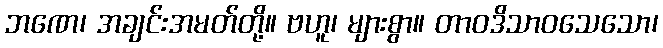
ဘဏေ၊ အချင်းအမတ်တို့။ ဗဟူ၊ များစွာ။ တာဝဒိသာဝသေသော၊